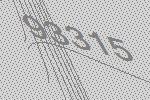
93315